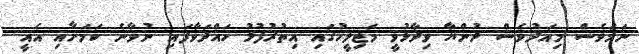
ނަމަވެސް މިއަދުވެސް ދުންޔާ ވިދާޅުވީ މަޖިލީހުގައި އިތުރުފުޅު ހައްދަވާފައި ނުވާނެ ކަމަށާއި އެއީ